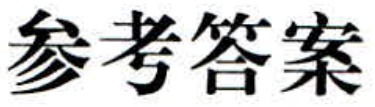
参考答案